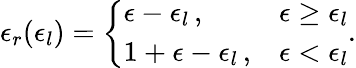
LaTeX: \epsilon_{r}(\epsilon_{l})=\left\{ \begin{array}{ll}{\epsilon-\epsilon_{l}\, ,}&{\epsilon\geq\epsilon_{l}}\\ {1+\epsilon-\epsilon_{l}\, ,}&{\epsilon<\epsilon_{l}}\end{array}\right..